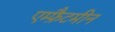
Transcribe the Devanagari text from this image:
एम्फ़ैटमीन